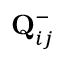
{ \mathbf { Q } } _ { i j } ^ { - }